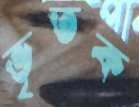
ভৃতক